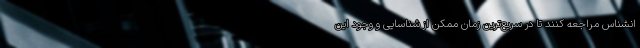
انشناس مراجعه کنند تا در سریع‌ترین زمان ممکن از شناسایی و وجود این